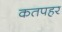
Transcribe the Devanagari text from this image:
कतपहर